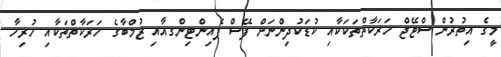
މީގެ އިތުރުން ސްޓޭޖް ހަރަކާތްތަކަކާއި ކުޑަކުދިންނަށް ފޭސް ޕެއިންޓިންގއާއި ޒުމްބާގެ ހަރަކާތްތަކާއި ހުރިހާ